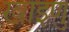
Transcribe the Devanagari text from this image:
खाइणु